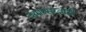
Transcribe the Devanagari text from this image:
अमरसरवाटी